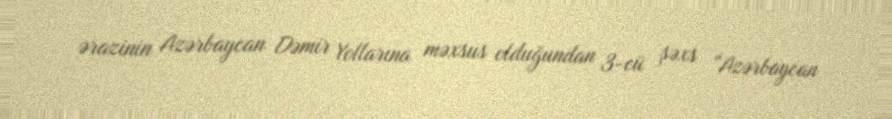
ərazinin Azərbaycan Dəmir Yollarına məxsus olduğundan 3-cü şəxs “Azərbaycan